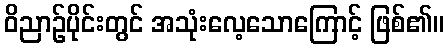
ဝိညာဉ်ပိုင်းတွင် အသုံးလေ့သောကြောင့် ဖြစ်၏။